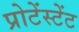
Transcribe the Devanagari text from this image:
प्रोटेंस्टेंट